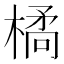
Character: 𭫜